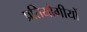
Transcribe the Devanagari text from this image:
प्रतियोगीयों